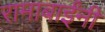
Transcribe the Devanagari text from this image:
रामाबाईंनी